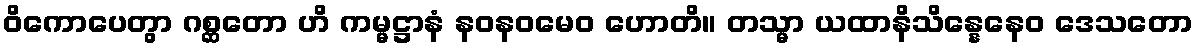
ဝိကောပေတွာ ဂစ္ဆတော ဟိ ကမ္မဋ္ဌာနံ နဝနဝမေဝ ဟောတိ။ တသ္မာ ယထာနိသိန္နေနေဝ ဒေသတော